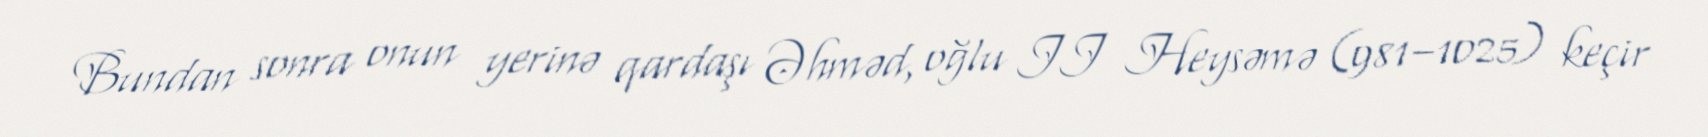
Bundan sonra onun yerinə qardaşı Əhməd, oğlu II Heysəmə (981–1025) keçir